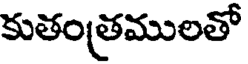
కుతంత్రములతో